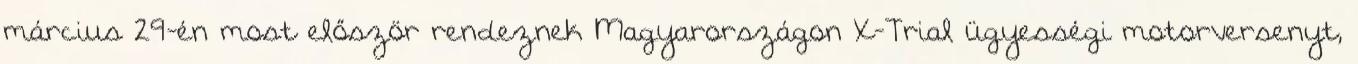
március 29-én most először rendeznek Magyarországon X-Trial ügyességi motorversenyt,